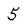
Character: 5